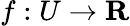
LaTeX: f:U\to\mathbf{R}